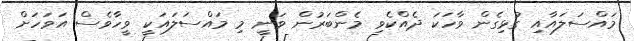
މައްސަލައާއި ގުޅިގެން ވާހަކަ ދެއްކެވި މެންބަރުން ވަނީ މި މައްސަލައަކީ ވީހާވެސް އަވަހަށް